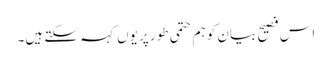
اس فصیح بیان کو ہم حتمی طور پر یوں کہہ سکتے ہیں۔